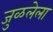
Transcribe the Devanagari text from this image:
जुळलेला